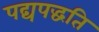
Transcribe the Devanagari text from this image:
पद्यपद्धति